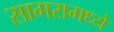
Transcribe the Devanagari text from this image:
सागरामध्ये